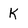
Character: K